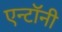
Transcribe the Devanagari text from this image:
एन्टॉनी